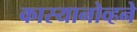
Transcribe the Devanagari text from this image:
कास्यानोव्हने